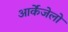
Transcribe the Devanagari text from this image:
आर्केंजेलो